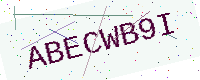
Text: ABECWB9I